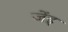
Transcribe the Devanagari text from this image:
जेंइ